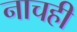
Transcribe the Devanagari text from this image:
नाचही